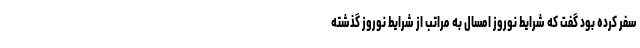
سفر کرده بود گفت که شرایط نوروز امسال به مراتب از شرایط نوروز گذشته